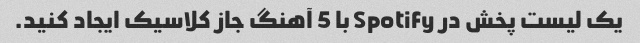
یک لیست پخش در Spotify با 5 آهنگ جاز کلاسیک ایجاد کنید.